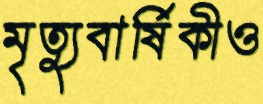
মৃত্যুবার্ষিকীও